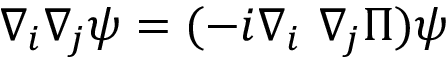
\nabla _ { i } \nabla _ { j } \psi = ( - i \nabla _ { i } \mathrm { ~ } \nabla _ { j } \Pi ) \psi